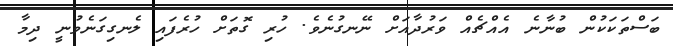
ބަސްތަކަކުން ބުނާނެ އެއްޗެއް ވަރުދާއަށް ނޭނގުނެވެ. ހުރި ގޮތަށް ހުރެފައި ލެނގިގަނެވުނީ ދިމާ